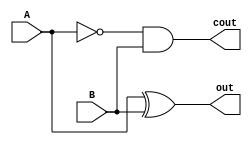
module sub_borrow(A, B, out, cout);
    input A, B;
    output out, cout;
    
    assign out = A ^ B ^ (1'b0);
    assign cout = (~(A ^ B) & (1'b0)) | (~A & B);
endmodule